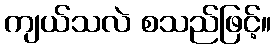
ကျယ်သလဲ စသည်ဖြင့်။